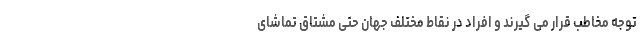
توجه مخاطب قرار می گیرند و افراد در نقاط مختلف جهان حتی مشتاق تماشای